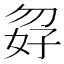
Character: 𪥸